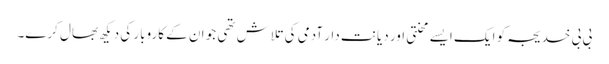
بی بی خدیجہ کو ایک ایسے محنتی اور دیانت دار آدمی کی تلاش تھی جو ان کے کاروبار کی دیکھ بھال کرے۔